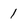
Character: 1